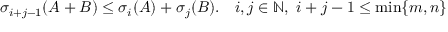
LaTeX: \sigma _ { i + j - 1 } ( A + B ) \leq \sigma _ { i } ( A ) + \sigma _ { j } ( B ) . \quad i , j \in \mathbb { N } , \ i + j - 1 \leq \operatorname* { m i n } \{ m , n \}